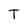
Character: t